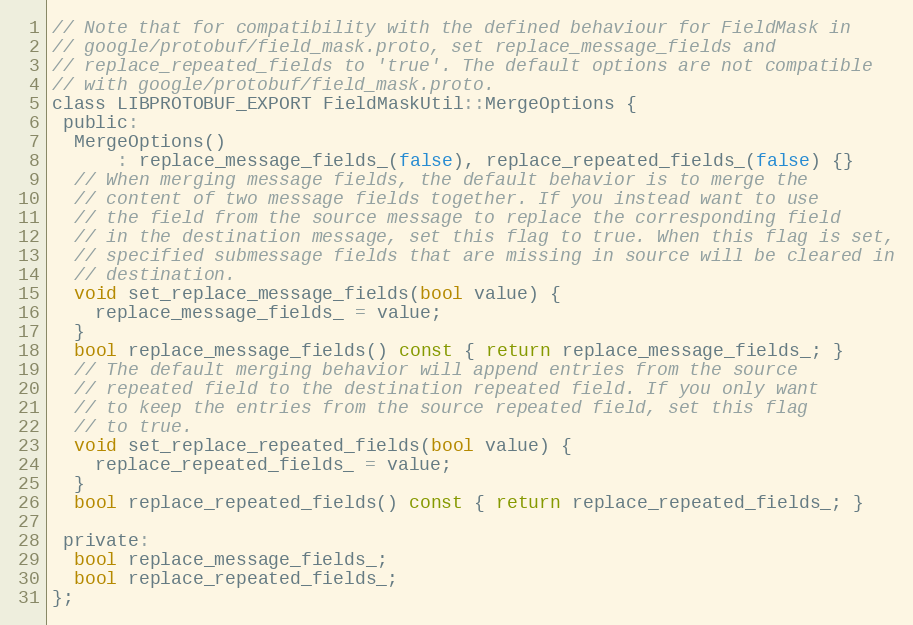
Language: C
// Note that for compatibility with the defined behaviour for FieldMask in
// google/protobuf/field_mask.proto, set replace_message_fields and
// replace_repeated_fields to 'true'. The default options are not compatible
// with google/protobuf/field_mask.proto.
class LIBPROTOBUF_EXPORT FieldMaskUtil::MergeOptions {
 public:
  MergeOptions()
      : replace_message_fields_(false), replace_repeated_fields_(false) {}
  // When merging message fields, the default behavior is to merge the
  // content of two message fields together. If you instead want to use
  // the field from the source message to replace the corresponding field
  // in the destination message, set this flag to true. When this flag is set,
  // specified submessage fields that are missing in source will be cleared in
  // destination.
  void set_replace_message_fields(bool value) {
    replace_message_fields_ = value;
  }
  bool replace_message_fields() const { return replace_message_fields_; }
  // The default merging behavior will append entries from the source
  // repeated field to the destination repeated field. If you only want
  // to keep the entries from the source repeated field, set this flag
  // to true.
  void set_replace_repeated_fields(bool value) {
    replace_repeated_fields_ = value;
  }
  bool replace_repeated_fields() const { return replace_repeated_fields_; }

 private:
  bool replace_message_fields_;
  bool replace_repeated_fields_;
};